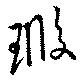
瑕